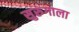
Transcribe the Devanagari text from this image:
सुरुंगाला